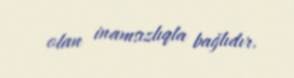
olan inamsızlıqla bağlıdır.